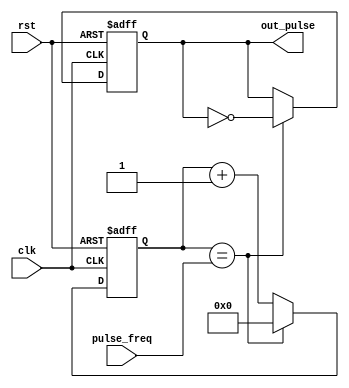
module Variable_Frequency_Pulse_Generator (
    input wire clk,
    input wire rst,
    input wire [31:0] pulse_freq,
    output reg out_pulse
);

reg [31:0] count;

always @(posedge clk or posedge rst) begin
    if (rst) begin
        count <= 32'h0;
        out_pulse <= 1'b0;
    end else begin
        if (count == pulse_freq) begin
            count <= 32'h0;
            out_pulse <= ~out_pulse;
        end else begin
            count <= count + 1;
        end
    end
end

endmodule